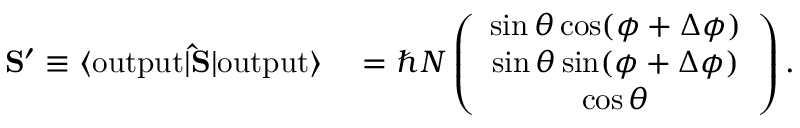
\begin{array} { r l } { { \bf S } ^ { \prime } \equiv \langle \mathrm { o u t p u t } | { \bf \hat { S } } | \mathrm { o u t p u t } \rangle } & { { } = \hbar N \left( \begin{array} { c } { \sin \theta \cos ( \phi + \Delta \phi ) } \\ { \sin \theta \sin ( \phi + \Delta \phi ) } \\ { \cos \theta } \end{array} \right) . } \end{array}